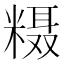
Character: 𱹔